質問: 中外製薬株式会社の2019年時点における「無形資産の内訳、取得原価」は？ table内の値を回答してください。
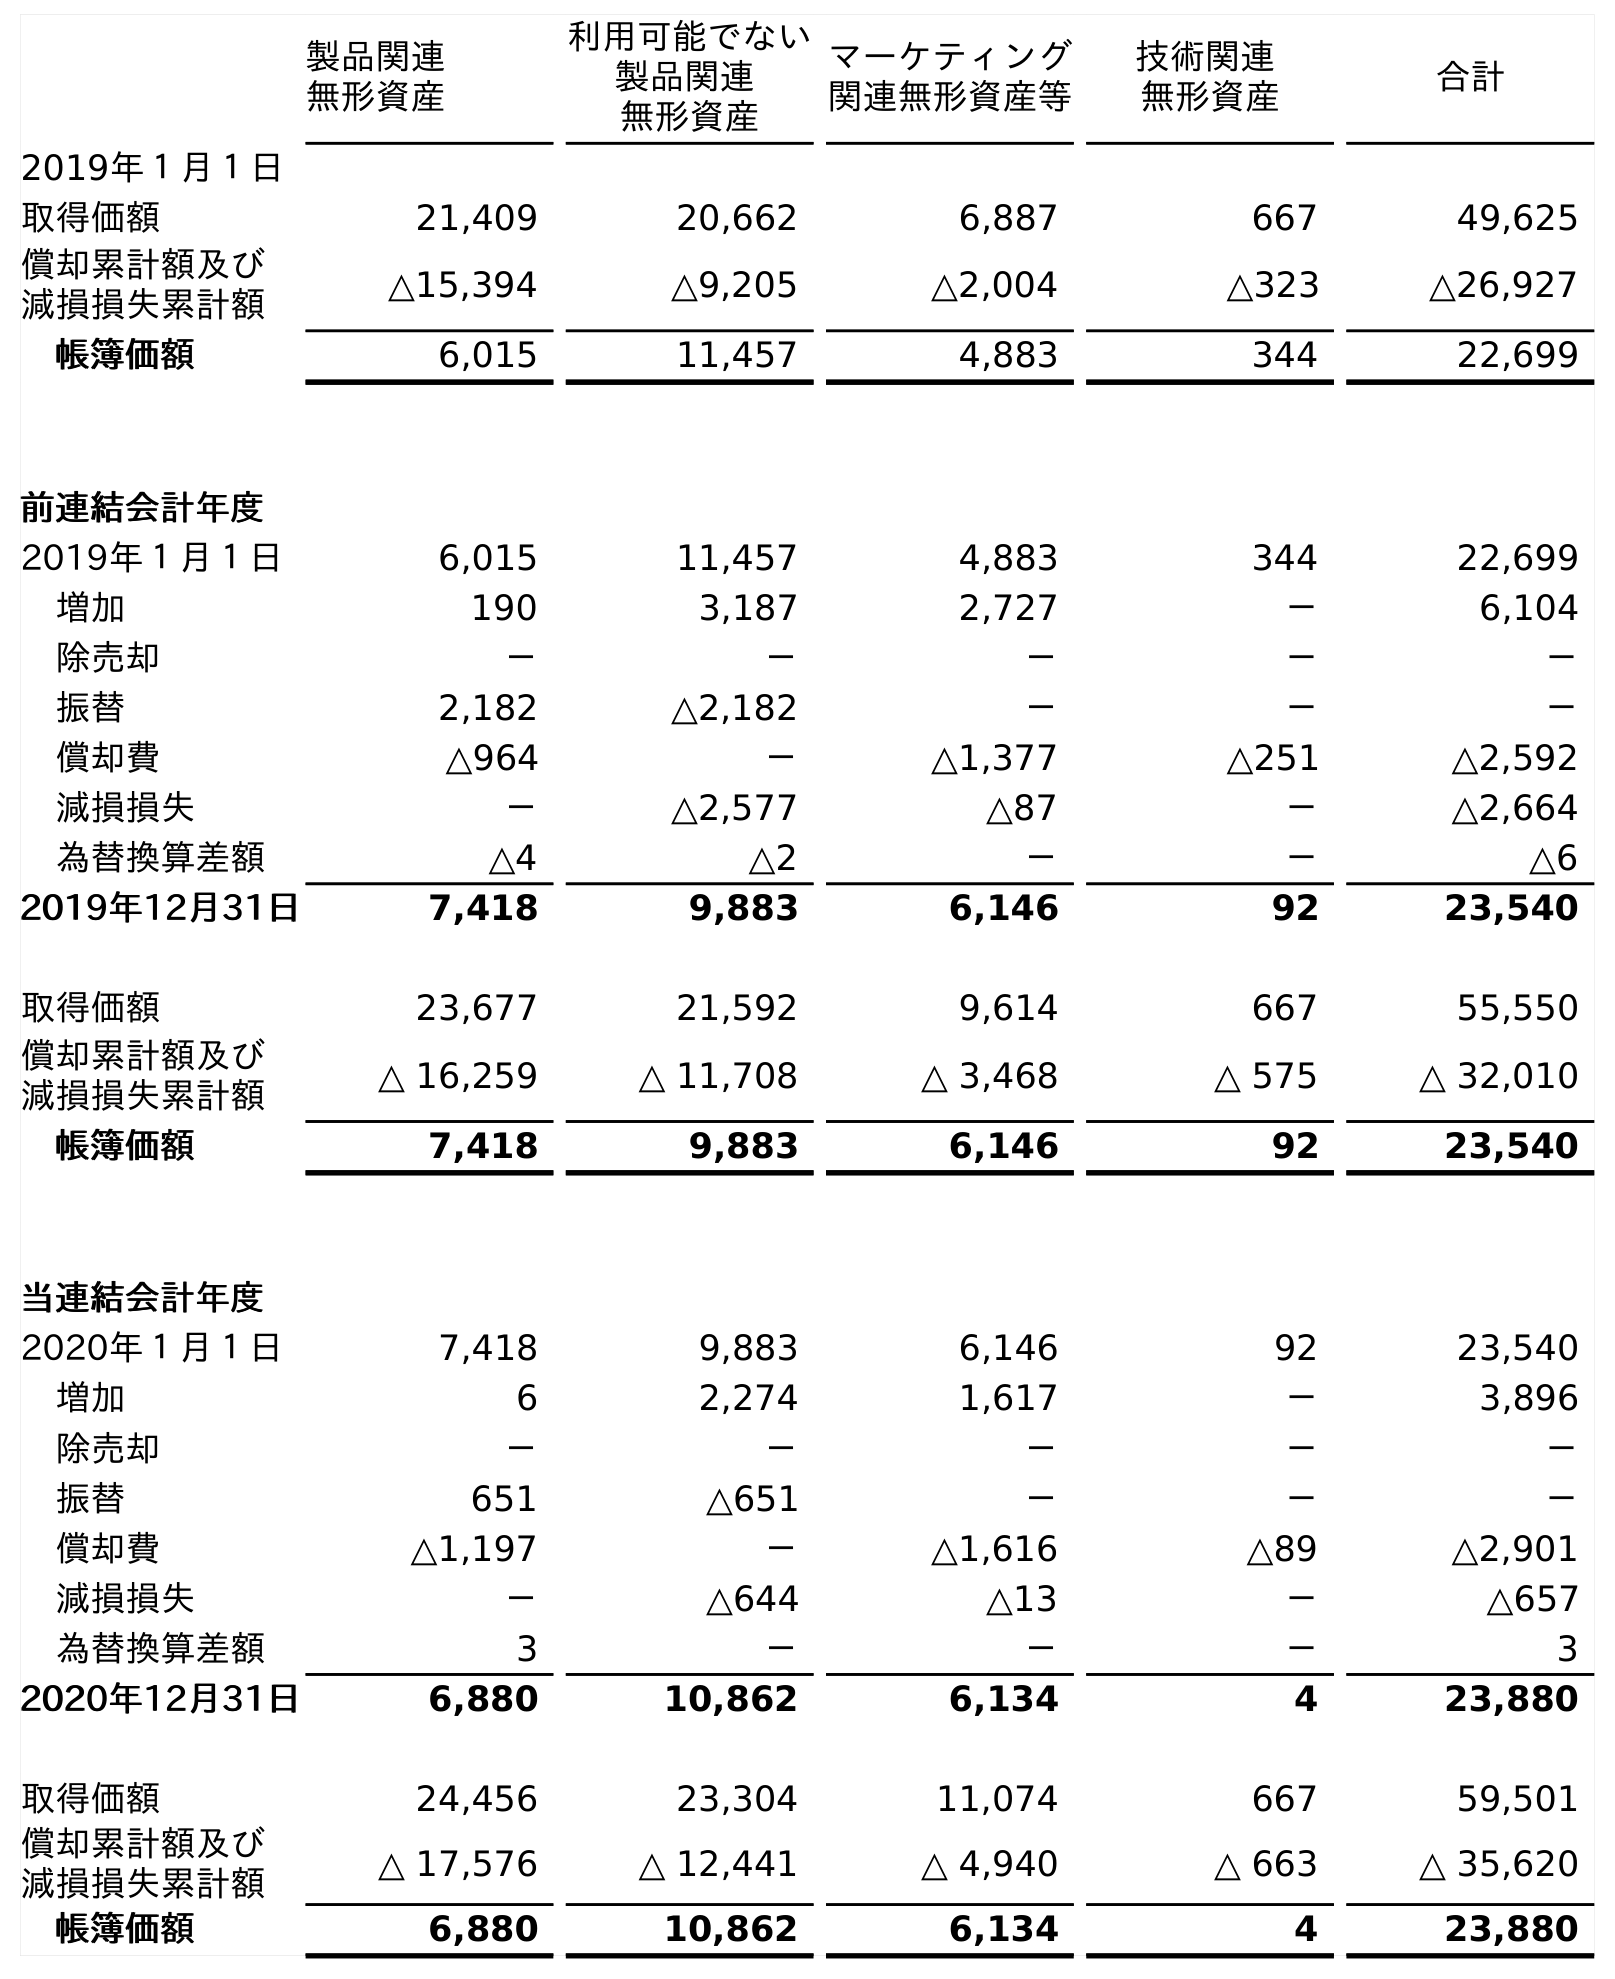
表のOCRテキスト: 製品関連 無形資産 利用可能でない 製品関連 無形資産 マーケティング 関連無形資産等 技術関連 無形資産 合計 2019年１月１日 取得価額 21,409 20,662 6,887 667 49,625 償却累計額及び 減損損失累計額 △15,394 △9,205 △2,004 △323 △26,927 帳簿価額 6,015 11,457 4,883 344 22,699 前連結会計年度 2019年１月１日 6,015 11,457 4,883 344 22,699 増加 190 3,187 2,727 － 6,104 除売却 － － － － － 振替 2,182 △2,182 － － － 償却費 △964 － △1,377 △251 △2,592 減損損失 － △2,577 △87 － △2,664 為替換算差額 △4 △2 － － △6 2019年12月31日 7,418 9,883 6,146 92 23,540 取得価額 23,677 21,592 9,614 667 55,550 償却累計額及び 減損損失累計額 △ 16,259 △ 11,708 △ 3,468 △ 575 △ 32,010 帳簿価額 7,418 9,883 6,146 92 23,540 当連結会計年度 2020年１月１日 7,418 9,883 6,146 92 23,540 増加 6 2,274 1,617 － 3,896 除売却 － － － － － 振替 651 △651 － － － 償却費 △1,197 － △1,616 △89 △2,901 減損損失 － △644 △13 － △657 為替換算差額 3 － － － 3 2020年12月31日 6,880 10,862 6,134 4 23,880 取得価額 24,456 23,304 11,074 667 59,501 償却累計額及び 減損損失累計額 △ 17,576 △ 12,441 △ 4,940 △ 663 △ 35,620 帳簿価額 6,880 10,862 6,134 4 23,880
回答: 55,550